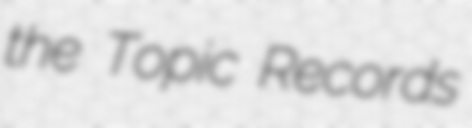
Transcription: the Topic Records